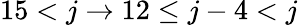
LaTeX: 15<j\to 12\leq j-4<j